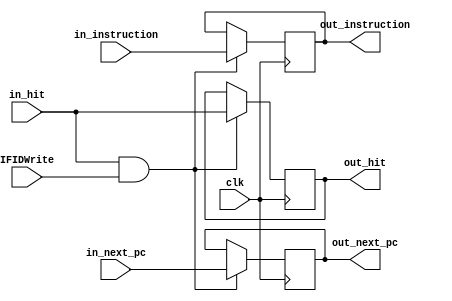
`timescale 1ns / 1ps

module reg_IFID (
	input clk,
	input IFIDWrite,
	input in_hit,
	input [31:0] in_next_pc,
	input [31:0] in_instruction,
	output reg out_hit,
	output reg [31:0] out_next_pc,
	output reg [31:0] out_instruction
);

	always @(negedge clk)
		if (in_hit && IFIDWrite)
			{ out_hit, out_next_pc, out_instruction } = 
			{ in_hit, in_next_pc, in_instruction };

	initial
		{ out_hit, out_next_pc, out_instruction } = 0;
		
endmodule